State Department UAP Cable 2, Kazakhstan, January 31, 1994
Agency: Department of State
Incident date: 1/27/94
Incident location: Kazakhstan
Page 3
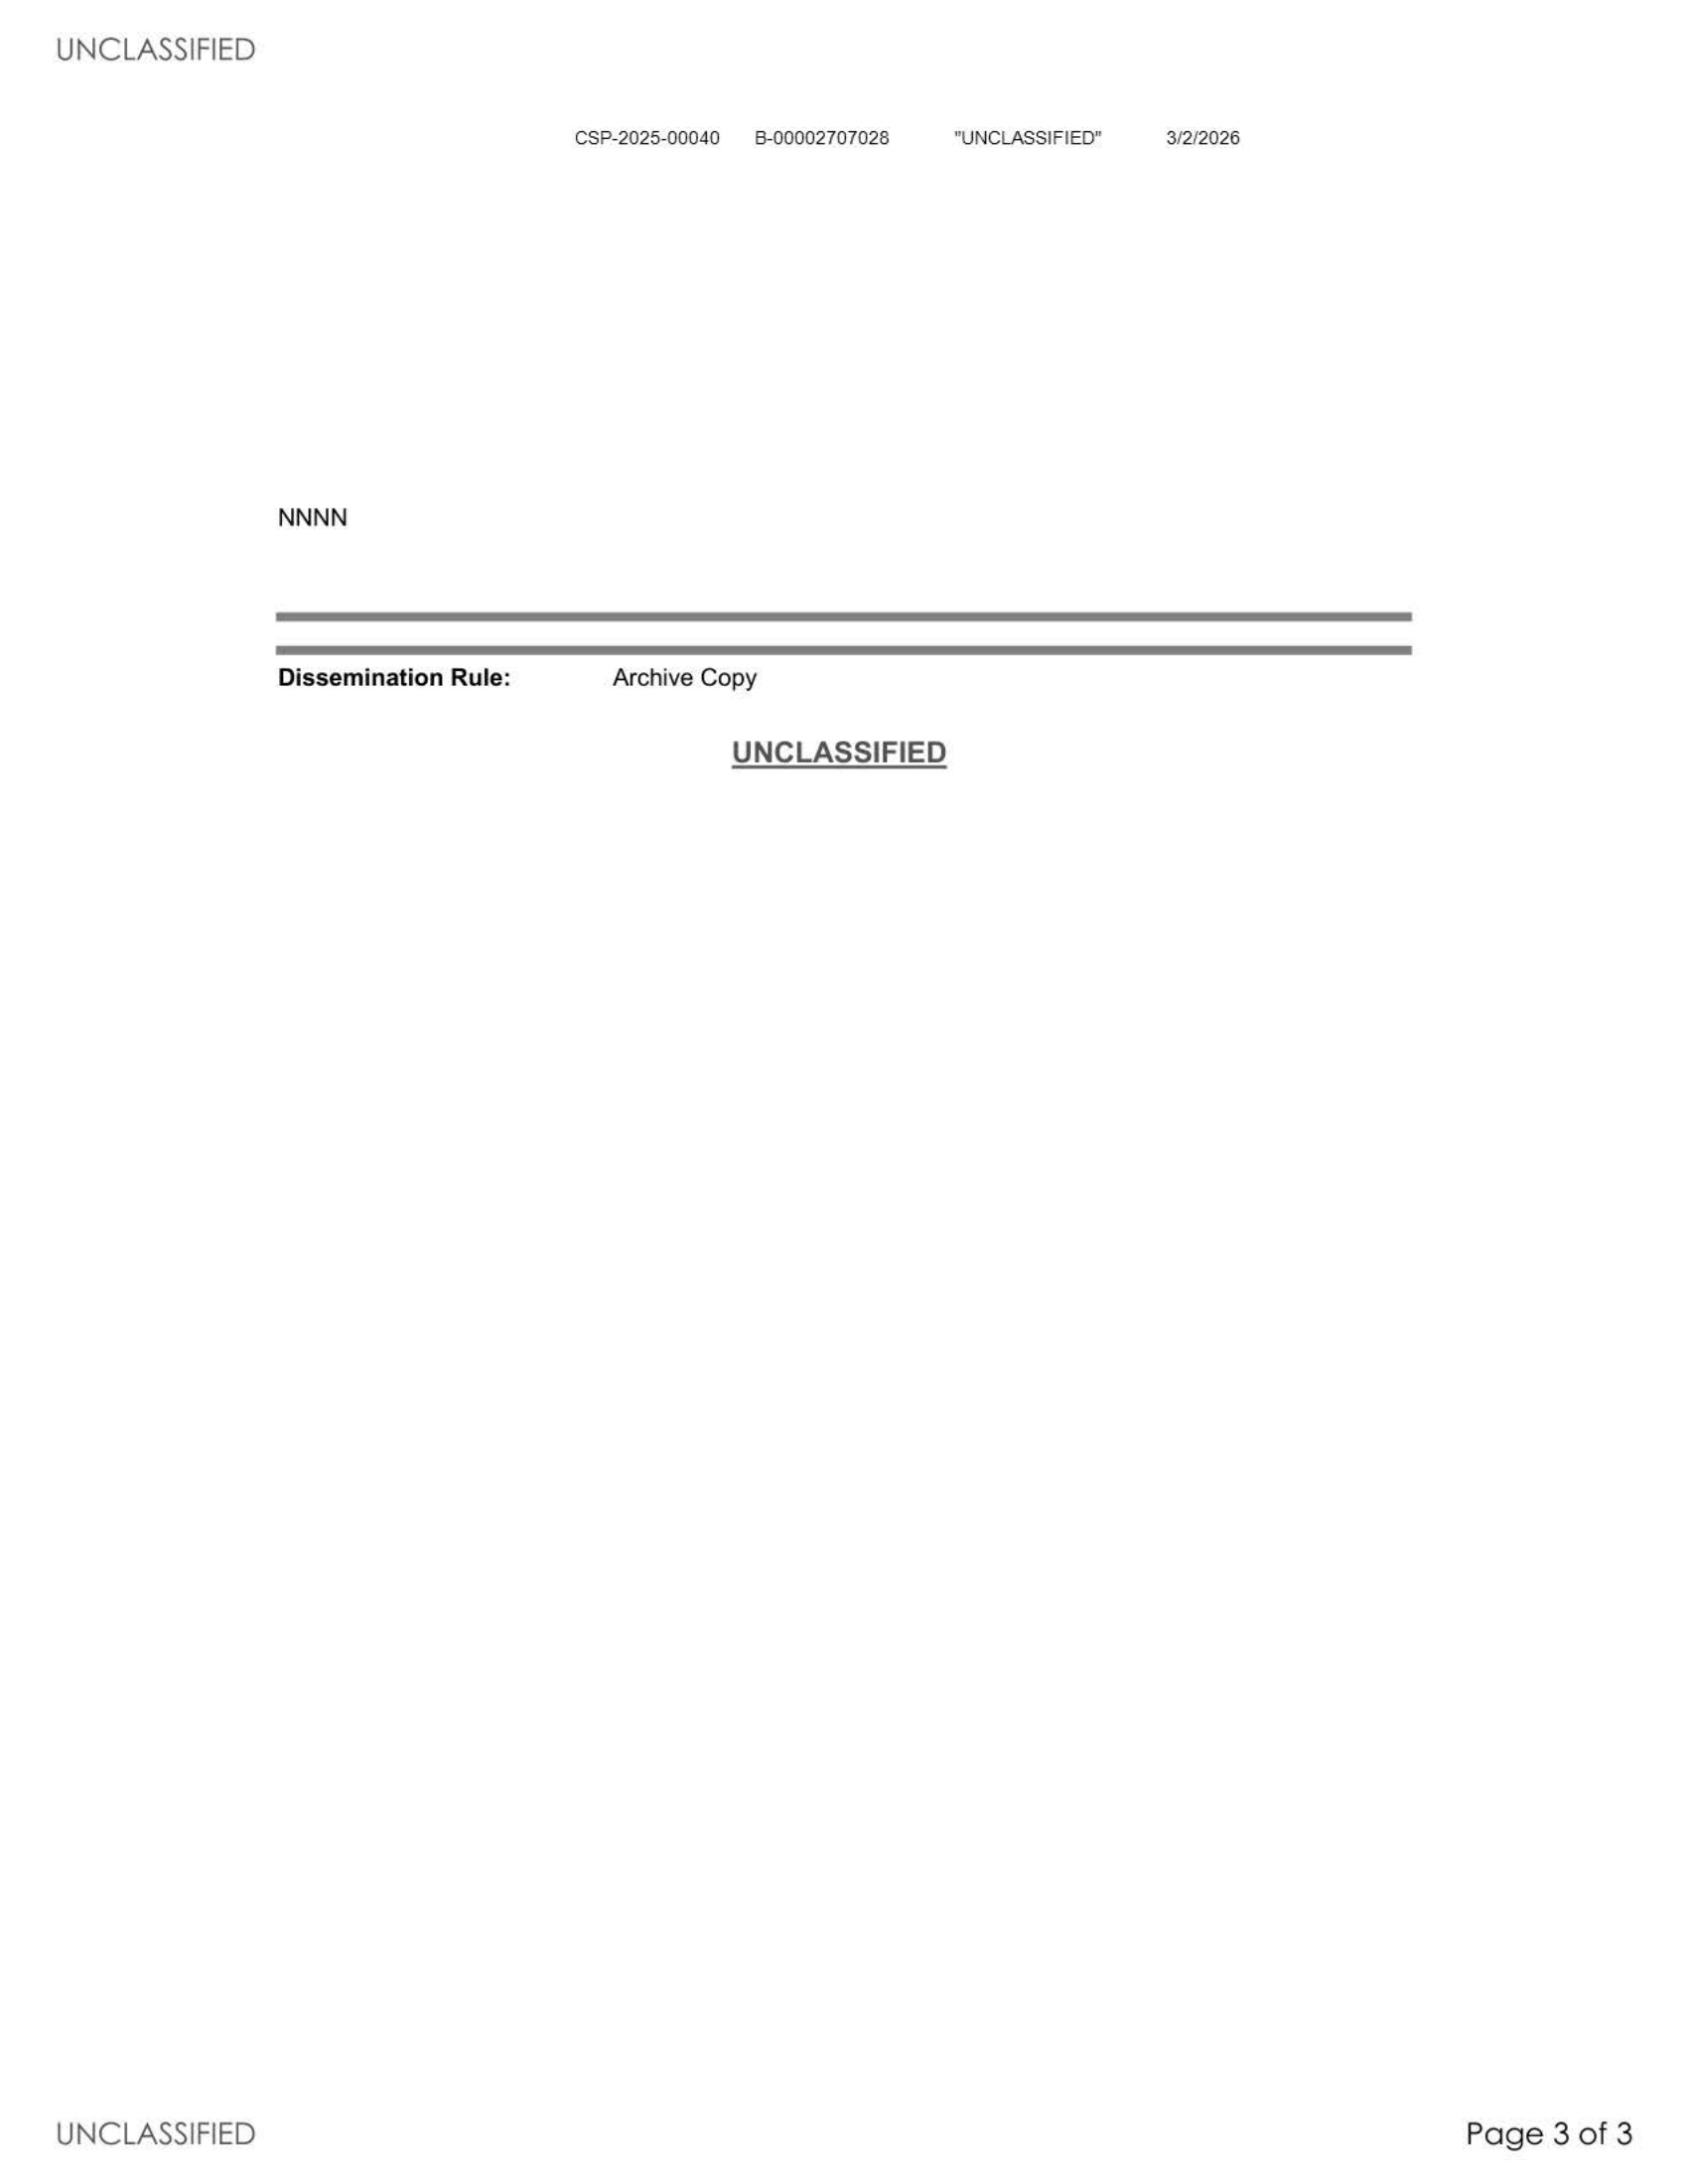